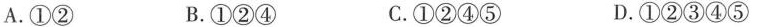
A.①② B.①②④ C.①②④⑤ D.①②③④⑤